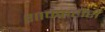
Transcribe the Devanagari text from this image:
शाफ्फहौसें